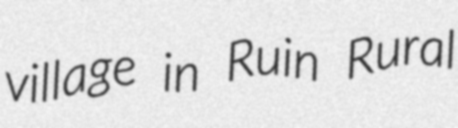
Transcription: village in Ruin Rural